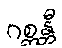
ဂစ္ဆန္တီ